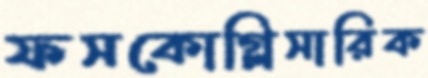
ফসকোগ্লিসারিক